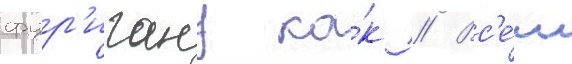
фур'игану ка́к // Вс'е́м